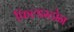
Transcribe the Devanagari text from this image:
फिल्डस्टोन